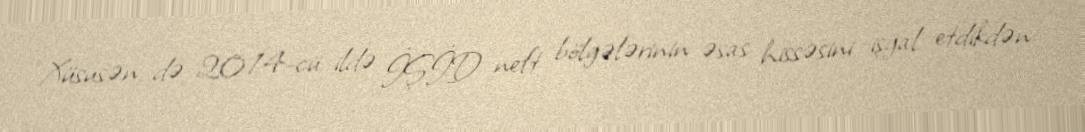
Xüsusən də 2014-cü ildə İŞİD neft bölgələrinin əsas hissəsini işğal etdikdən